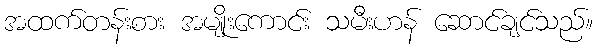
အထက်တန်းစား အမျိုးကောင်း သမီးဟန် ဆောင်ချင်သည်။